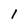
Character: l